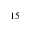
^ { 1 5 }